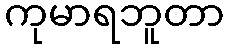
ကုမာရဘူတာ